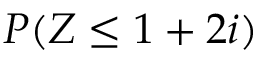
P ( Z \leq 1 + 2 i )